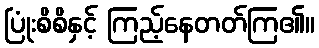
ပြုံးစိစိနှင့် ကြည့်နေတတ်ကြ၏။